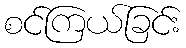
စင်ကြယ်ခြင်း